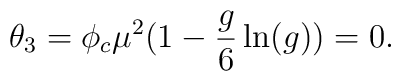
\theta_3= \phi_c \mu^2(1-{g \over 6} \ln (g)) = 0.